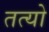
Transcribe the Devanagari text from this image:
तत्यो